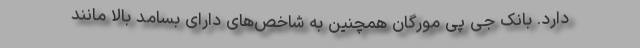
دارد. بانک جی پی مورگان همچنین به شاخص‌های دارای بسامد بالا مانند